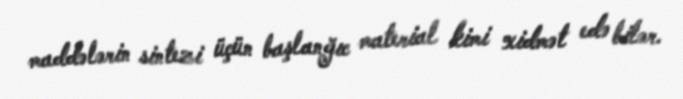
maddələrin sintezi üçün başlanğıc material kimi xidmət edə bilər.